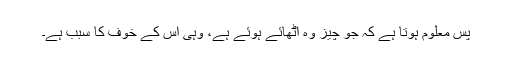
پس معلوم ہوتا ہے کہ جو چیز وہ اٹھائے ہوئے ہے، وہی اس کے خوف کا سبب ہے۔